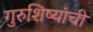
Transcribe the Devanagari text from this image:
गुरुशिष्यांची